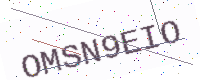
Text: OMSN9EIO